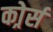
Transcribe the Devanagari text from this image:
कोर्र्स